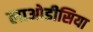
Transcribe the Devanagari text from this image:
लाओडीसिया